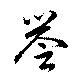
誉